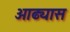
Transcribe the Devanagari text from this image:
ओढ्यास